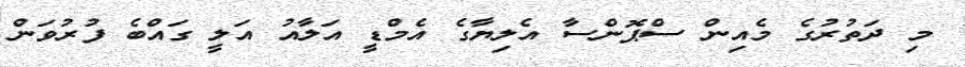
މި ދަތުރުގެ މެއިން ސްޕޮންސާ އެލިޔާގެ އެމްޑީ އަލާއު އަލީ ގައްބެ ފުރުވަން